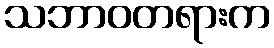
သဘာဝတရားက